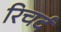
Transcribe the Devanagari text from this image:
रिचर्द